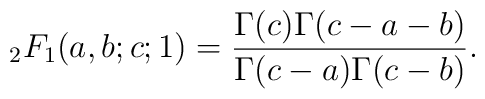
{}_2F_1(a,b;c;1)=\frac{\Gamma(c)\Gamma(c-a-b)}{\Gamma(c-a)\Gamma(c-b)}.